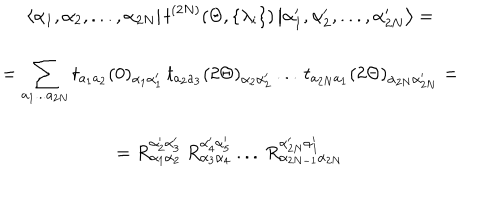
\begin{array} { c } { { \displaystyle \left\langle \alpha _ { 1 } , \alpha _ { 2 } , . . . , \alpha _ { 2 N } \right| t ^ { ( 2 N ) } ( \Theta , \{ \lambda _ { i } \} ) \left| \alpha _ { 1 } ^ { \prime } , \alpha _ { 2 } ^ { \prime } , . . . , \alpha _ { 2 N } ^ { \prime } \right\rangle = } } \\ { { = \displaystyle \sum _ { a _ { 1 } . . . a _ { 2 N } } t _ { a _ { 1 } a _ { 2 } } ( 0 ) _ { \alpha _ { 1 } \alpha _ { 1 } ^ { \prime } } \, t _ { a _ { 2 } a _ { 3 } } ( 2 \Theta ) _ { \alpha _ { 2 } \alpha _ { 2 } ^ { \prime } } \, . . . \, t _ { a _ { 2 N } a _ { 1 } } ( 2 \Theta ) _ { \alpha _ { 2 N } \alpha _ { 2 N } ^ { \prime } } = } } \\ { { = R _ { \alpha _ { 1 } \alpha _ { 2 } } ^ { \alpha _ { 2 } ^ { \prime } \alpha _ { 3 } ^ { \prime } } \: R _ { \alpha _ { 3 } \alpha _ { 4 } } ^ { \alpha _ { 4 } ^ { \prime } \alpha _ { 5 } ^ { \prime } } \: . . . \: R _ { \alpha _ { 2 N - 1 } \alpha _ { 2 N } } ^ { \alpha _ { 2 N } ^ { \prime } \alpha _ { 1 } ^ { \prime } } } } \\ \end{array}